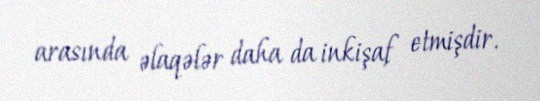
arasında əlaqələr daha da inkişaf etmişdir.